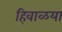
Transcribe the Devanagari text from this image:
हिवाळया